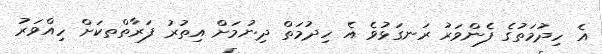
އެ ހިދުމަތުގެ ފެންވަރު ރަނގަޅުވެ އެ ހިދުމަތް ދިނުމަށް އިތުރު ފަރާތްތކަށް ހިއްވަރު